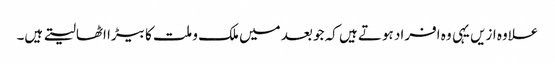
علاوہ ازیں یہی وہ افراد ہوتے ہیں کہ جو بعد میں ملک و ملت کا بیڑا اٹھالیتے ہیں۔